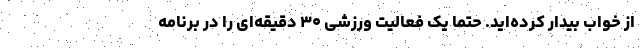
از خواب بیدار کرده‌اید. حتما یک فعالیت ورزشی ۳۰ دقیقه‌ای را در برنامه